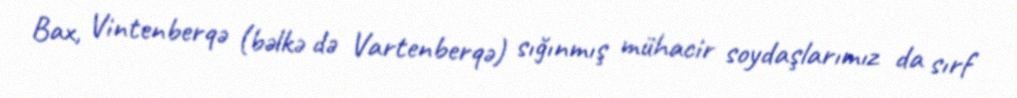
Bax, Vintenberqə (bəlkə də Vartenberqə) sığınmış mühacir soydaşlarımız da sırf